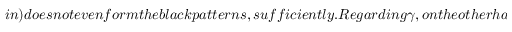
i n ) d o e s n o t e v e n f o r m t h e b l a c k p a t t e r n s , s u f f i c i e n t l y . R e g a r d i n g \gamma , o n t h e o t h e r h a n d , w h e n \gamma i s r e l a t i v e l y s m a l l e r t h e n t h e p a t t e r n f o r m a t i o n d o e s n o t e v e n o c c u r , a n d w h e n \gamma i s r e l a t i v e l y l a r g e r t h e n t h e p a t t e r n i s n o t c o m p l e t e l y d i s p e r s e d a t a c e r t a i n t e v e n t h o u g h t h e p a t t e r n w i l l b e d i s p e r s e d a t a s u f f i c i e n t l y l a r g e t ( f o r i n s t a n c e , i n F i g .